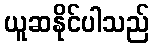
ယူဆနိုင်ပါသည်